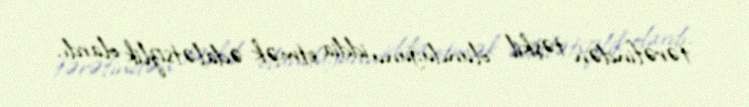
tərəfindən təşkil olunduğunu iddia etmək ədalətsizlik olardı.